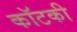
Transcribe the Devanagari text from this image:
कॉटकी